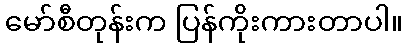
မော်စီတုန်းက ပြန်ကိုးကားတာပါ။